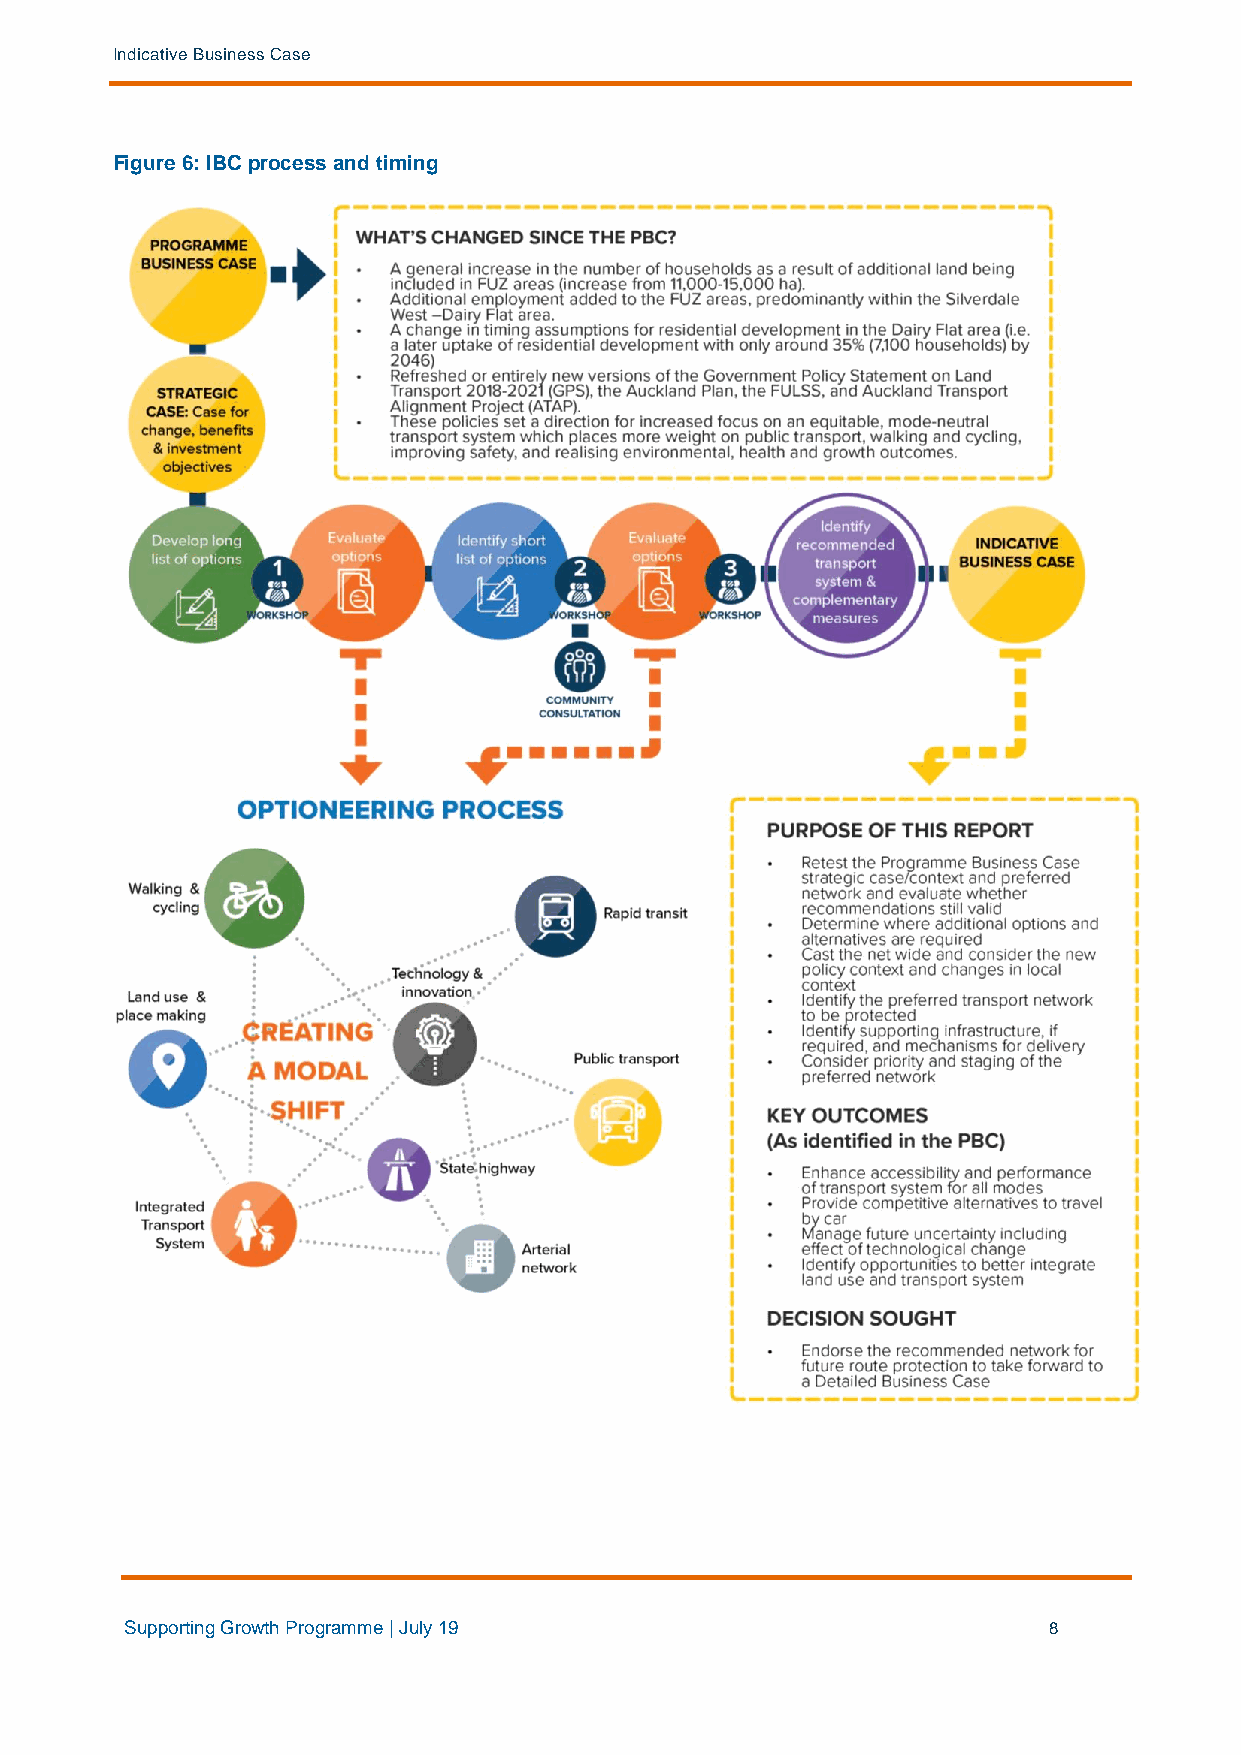
Indicative Business Case
 Figure 6: IBC process and timing
 Supporting Growth Programme | July 19                        8